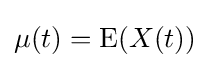
\mu (t)={\text{E}}(X(t))